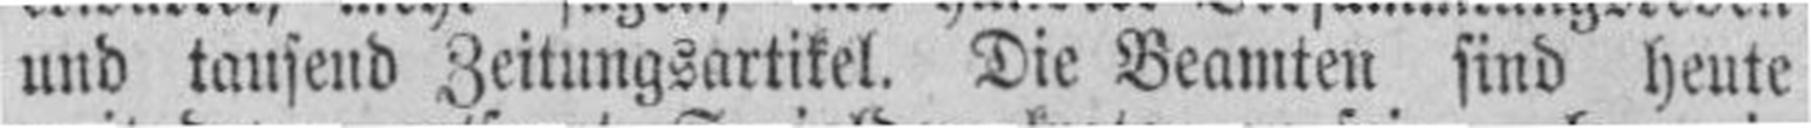
und tausend Zeitungsartikel. Die Beamten sind heute